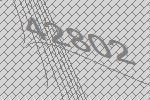
42802